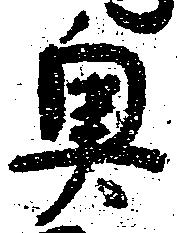
奥